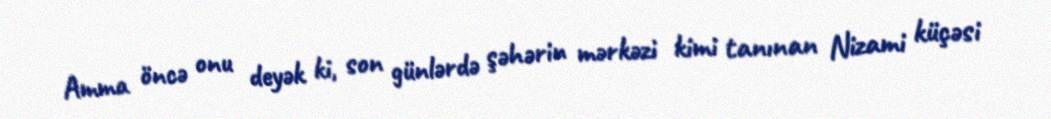
Amma öncə onu deyək ki, son günlərdə şəhərin mərkəzi kimi tanınan Nizami küçəsi